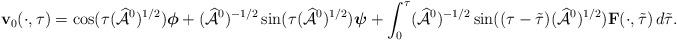
LaTeX: \begin{align*}\mathbf{v}_0 (\cdot, \tau) = \cos(\tau (\widehat{\mathcal{A}}^0)^{1/2}) \boldsymbol{\phi} + (\widehat{\mathcal{A}}^0)^{-1/2} \sin(\tau (\widehat{\mathcal{A}}^0)^{1/2}) \boldsymbol{\psi}+ \int_{0}^{\tau} (\widehat{\mathcal{A}}^0)^{-1/2} \sin((\tau - \tilde{\tau}) (\widehat{\mathcal{A}}^0)^{1/2}) \mathbf{F} (\cdot, \tilde{\tau}) \, d \tilde{\tau}.\end{align*}